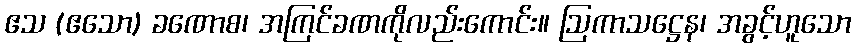
ဧသ (ဧသော) ခဏောစ၊ အကြင်ခဏကိုလည်းကောင်း။ ဩကာသဋ္ဌေန၊ အခွင့်ဟူသော